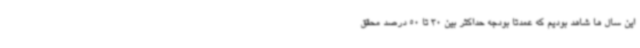
این سال ها شاهد بودیم که عمدتا بودجه حداکثر بین 30 تا 50 درصد محقق